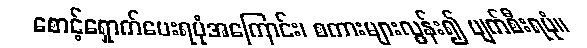
စောင့်ရှောက်ပေးရပုံအကြောင်း၊ စကားများလွန်း၍ ပျက်စီးရပုံ။